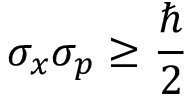
\sigma _ { x } \sigma _ { p } \geq { \frac { \hbar } { 2 } } ~